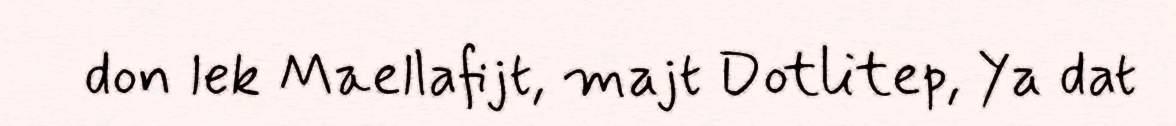
don lek Maellafijt, majt Dotlitep, Ya dat